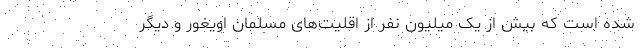
شده است که بیش از یک میلیون نفر از اقلیت‌های مسلمان اویغور و دیگر